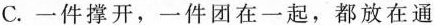
C.一件撑开，一件团在一起，都放在通